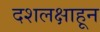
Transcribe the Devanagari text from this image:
दशलक्षाहून